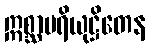
ဣစ္ဆာပရိယုဋ္ဌိတေန